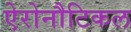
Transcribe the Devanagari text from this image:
ऐरोनौटिकल